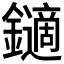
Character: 𨮹